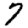
Digit: 7